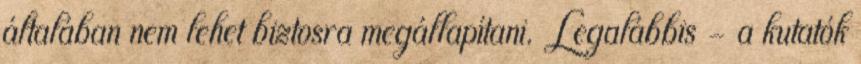
általában nem lehet biztosra megállapítani. Legalábbis - a kutatók